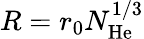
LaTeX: R=r_{0}N_{\mathrm{He}}^{1/3}